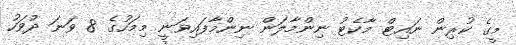
މީގެ ކުރިން ނައިޓް މާކެޓު ނިންމާލަން ނިންމާފައިވަނީ މިމަހުގެ 8 ވަނަ ދުވަހު